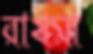
রাখমা